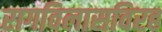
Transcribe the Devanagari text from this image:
रागविलासविरह